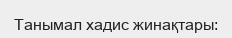
Танымал хадис жинақтары: